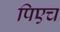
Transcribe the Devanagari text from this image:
पिएच